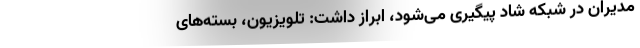
مدیران در شبکه شاد پیگیری می‌شود، ابراز داشت: تلویزیون، بسته‌های